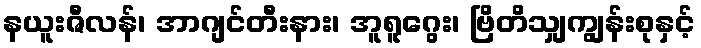
နယူးဇီလန်၊ အာဂျင်တီးနား၊ အူရူဂွေး၊ ဗြိတိသျှကျွန်းစုနှင့်